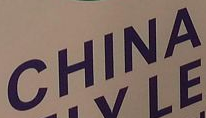
CHINA